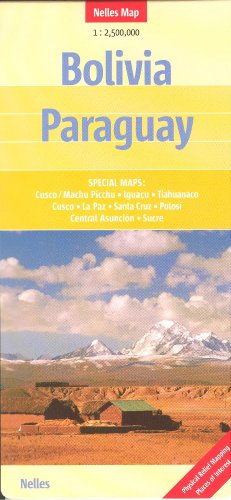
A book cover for Bolivia & Paraguay 1:2,500,000 with La Paz Travel Map, 2012 edition; G.Nelles; Travel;